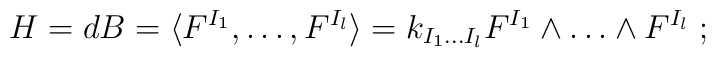
H=dB = \langle F^{I_1},\dots ,F^{I_l} \rangle= k_{I_1\dots I_l}F^{I_1}\wedge\dots\wedge F^{I_l} \; ;